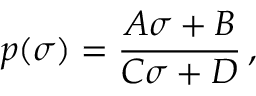
p ( \sigma ) = \frac { A \sigma + B } { C \sigma + D } \, ,